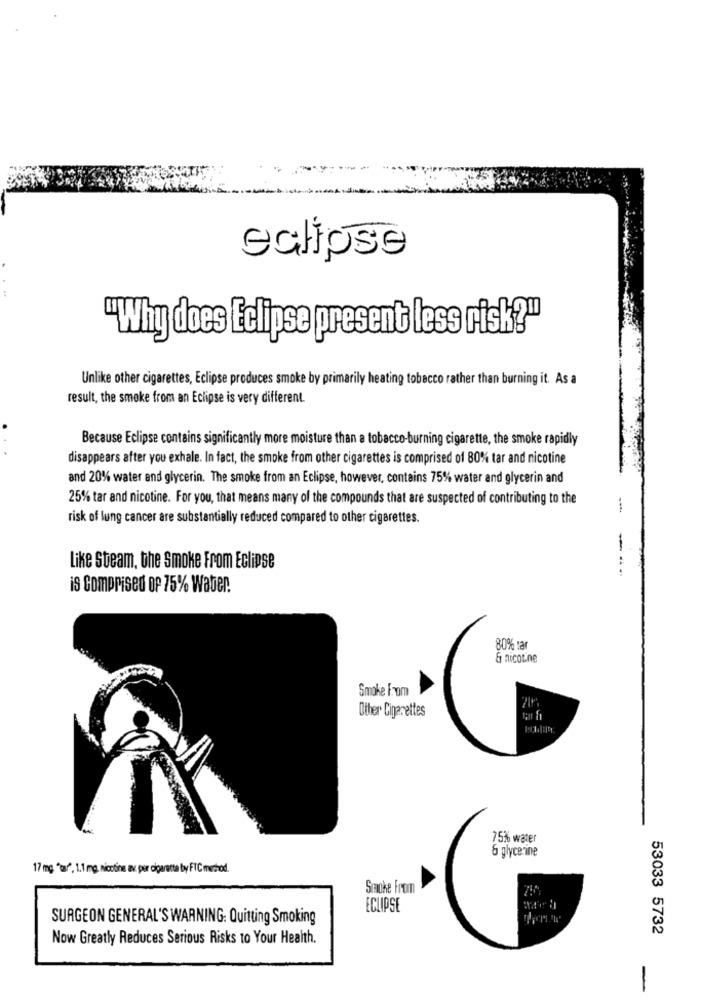
eclipse
"Why does Eclipse present less risk?"
Unlike other cigarettes, Eclipse produces smoke by primarily heating tobacco rather than burning it. As a
result, the smoke from an Eclipse is very different.
Because Eclipse contains significantly more moisture than a tobacco-burning cigarette, the smoke rapidly
disappears after you exhale. In fact, the smoke from other cigarettes is comprised of 80% tar and nicotine
and 20%% water and glycerin. The smoke from an Eclipse, however, contains 75% water and glycerin and
25% tar and nicotine. For you, that means many of the compounds that are suspected of contributing to the
risk of lung cancer are substantially reduced compared to other cigarettes.
--
Like Steam, the Smoke From Eclipse
---
is Comprised Of 75% Water.
80% par
& nicotine
Smoke From
Other Cigarettes
75% water
6 glycerine
17 mg. "tar", 1.1 mg. nicotine av per cigarette by FTC method.
Smoke From
ECLIPSE
SURGEON GENERAL'S WARNING: Quitting Smoking
53033 5732
Now Greatly Reduces Serious Risks to Your Health.
-